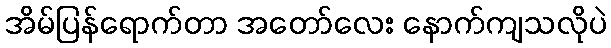
အိမ်ပြန်ရောက်တာ အတော်လေး နောက်ကျသလိုပဲ